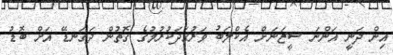
އިން ދަނީ އަންނަ ސީޒަނަށް އެކްލަބު ވަރުގަދަކުރުމުގެ ގޮތުން ދަގަނޑޭ އަށް ބޮޑު